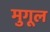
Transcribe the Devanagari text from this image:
मुगूल